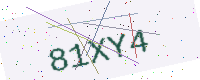
Text: 81XY4